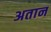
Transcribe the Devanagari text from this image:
अतान